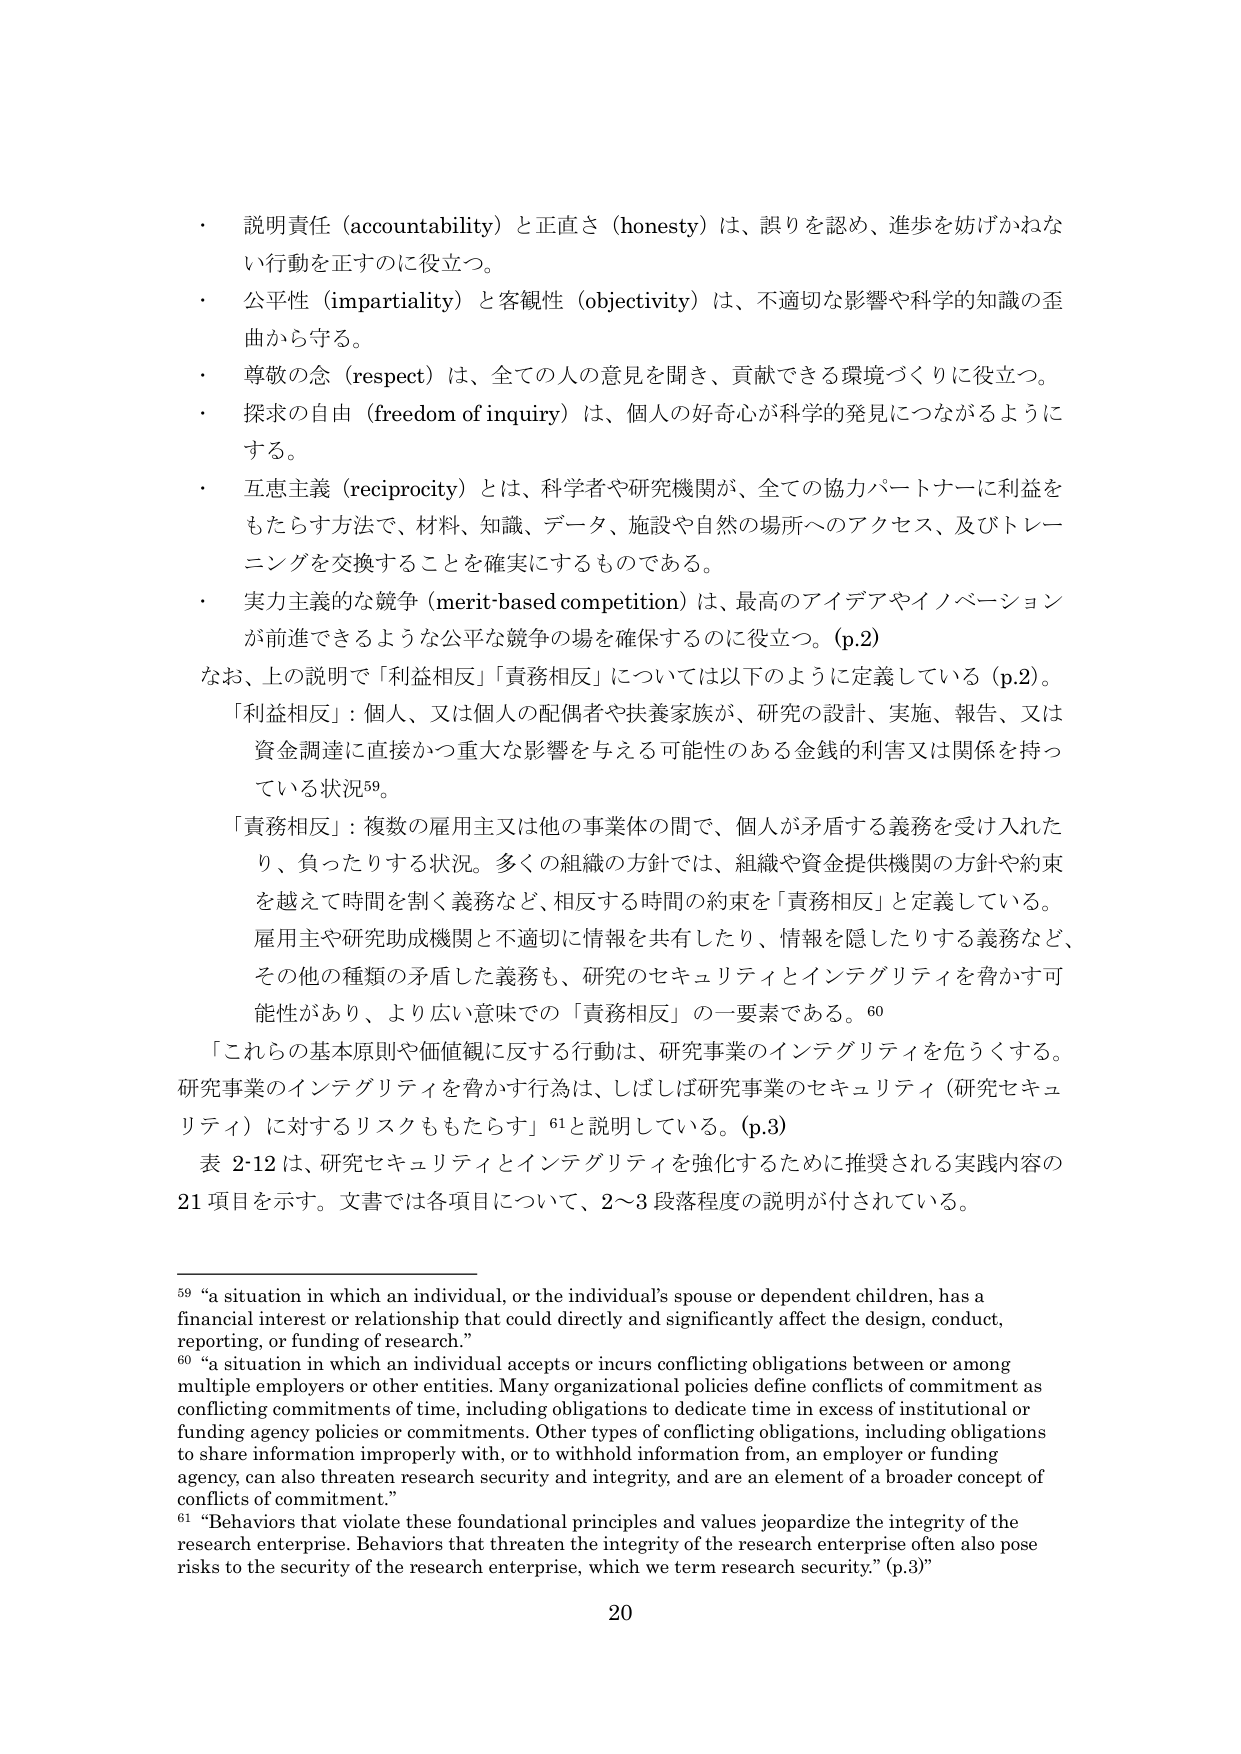
・ 説明責任（accountability）と正直さ（honesty）は、誤りを認め、進歩を妨げかねない行動を正すのに役立つ。
・ 公平性（impartiality）と客観性（objectivity）は、不適切な影響や科学的知識の歪曲から守る。
・ 尊敬の念（respect）は、全ての人の意見を聞き、貢献できる環境づくりに役立つ。
・ 探求の自由（freedom of inquiry）は、個人の好奇心が科学的発見につながるようにする。
・ 互恵主義（reciprocity）とは、科学者や研究機関が、全ての協力パートナーに利益をもたらす方法で、材料、知識、データ、施設や自然の場所へのアクセス、及びトレーニングを交換することを確実にするものである。
・ 実力主義的な競争（merit-based competition）は、最高のアイデアやイノベーションが前進できるような公平な競争の場を確保するのに役立つ。（p.2）

なお、上の説明で「利益相反」「責務相反」については以下のように定義している（p.2）。
「利益相反」：個人、又は個人の配偶者や扶養家族が、研究の設計、実施、報告、又は資金調達に直接かつ重大な影響を与える可能性のある金銭的利益又は関係を持っている状況⁵⁹。
「責務相反」：複数の雇用主又は他の事業体の間で、個人が矛盾する義務を受け入れたり、負ったりする状況。多くの組織の方針では、組織や資金提供機関の方針や約束を越えて時間を割く義務など、相反する時間の約束を「責務相反」と定義している。雇用主や研究助成機関と不適切に情報を共有したり、情報を隠したりする義務など、その他の種類の矛盾した義務も、研究のセキュリティとインテグリティを脅かす可能性があり、より広い意味での「責務相反」の一要素である。⁶⁰

「これらの基本原則や価値観に反する行動は、研究事業のインテグリティを危うくする。研究事業のインテグリティを脅かす行為は、しばしば研究事業のセキュリティ（研究セキュリティ）に対するリスクももたらす」⁶¹と説明している。（p.3）

表 2-12 は、研究セキュリティとインテグリティを強化するために推奨される実践内容の 21 項目を示す。文書では各項目について、2～3 段落程度の説明が付されている。

⁵⁹ “a situation in which an individual, or the individual’s spouse or dependent children, has a financial interest or relationship that could directly and significantly affect the design, conduct, reporting, or funding of research.”
⁶⁰ “a situation in which an individual accepts or incurs conflicting obligations between or among multiple employers or other entities. Many organizational policies define conflicts of commitment as conflicting commitments of time, including obligations to dedicate time in excess of institutional or funding agency policies or commitments. Other types of conflicting obligations, including obligations to share information improperly with, or to withhold information from, an employer or funding agency, can also threaten research security and integrity, and are an element of a broader concept of conflicts of commitment.”
⁶¹ “Behaviors that violate these foundational principles and values jeopardize the integrity of the research enterprise. Behaviors that threaten the integrity of the research enterprise often also pose risks to the security of the research enterprise, which we term research security.” (p.3)”

20